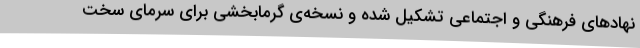
نهادهای فرهنگی و اجتماعی تشکیل شده و نسخه‌ی گرمابخشی برای سرمای سخت